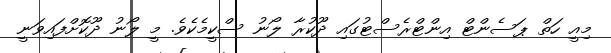
މިއީ ހަތް ޕަސެންޓް އިންޓްރެސްޓުގައި ދޫކުރާ ލޯނު ސްކީމެކެވެ. މީ ލޯނު ދޫކޮށްފައިވަނީ